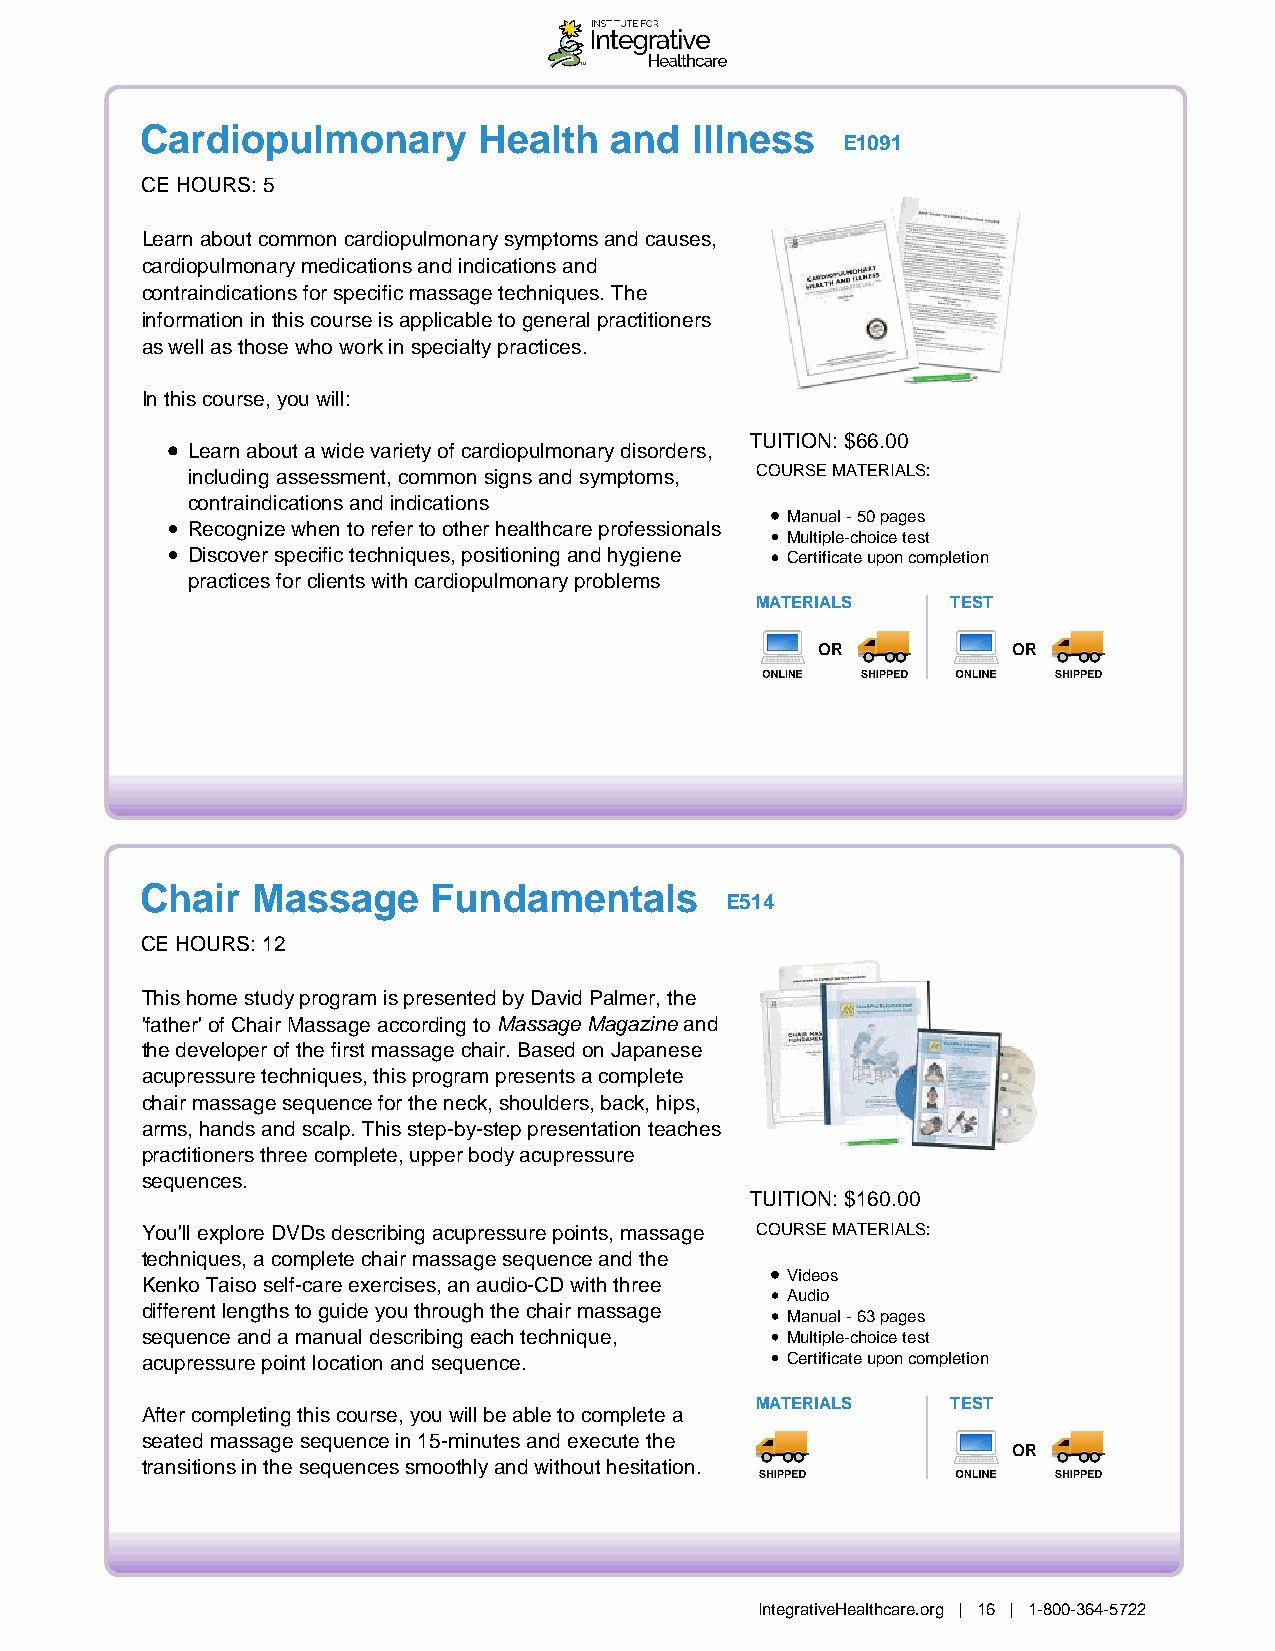
Cardiopulmonary        Health  and   Illness
 E1091
 CE HOURS: 5
 Learn about common cardiopulmonary symptoms and causes,
 cardiopulmonary medications and indications and
 contraindications for specific massage techniques. The
 information in this course is applicable to general practitioners
 as well as those who work in specialty practices.
 In this course, you will:
 TUITION: $66.00
 Learn about a wide variety of cardiopulmonary disorders,
 including assessment, common signs and symptoms, COURSE MATERIALS:
 contraindications and indications
 Manual - 50 pages
 Recognize when to refer to other healthcare professionals
 Multiple-choice test
 Discover specific techniques, positioning and hygiene Certificate upon completion
 practices for clients with cardiopulmonary problems
 MATERIALS    TEST
 OR           OR
 Chair   Massage    Fundamentals
 E514
 CE HOURS: 12
 This home study program is presented by David Palmer, the
 'father' of Chair Massage according to Massage Magazine and
 the developer of the first massage chair. Based on Japanese
 acupressure techniques, this program presents a complete
 chair massage sequence for the neck, shoulders, back, hips,
 arms, hands and scalp. This step-by-step presentation teaches
 practitioners three complete, upper body acupressure
 sequences.
 TUITION: $160.00
 You'll explore DVDs describing acupressure points, massage COURSE MATERIALS:
 techniques, a complete chair massage sequence and the
 Videos
 Kenko Taiso self-care exercises, an audio-CD with three
 Audio
 different lengths to guide you through the chair massage
 Manual - 63 pages
 sequence and a manual describing each technique, Multiple-choice test
 acupressure point location and sequence.   Certificate upon completion
 MATERIALS    TEST
 After completing this course, you will be able to complete a
 seated massage sequence in 15-minutes and execute the
 OR
 transitions in the sequences smoothly and without hesitation.
 IntegrativeHealthcare.org | 16 | 1-800-364-5722